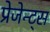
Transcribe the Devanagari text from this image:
प्रेजेन्ट्स